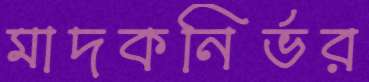
মাদকনির্ভর